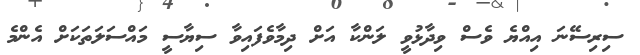
ސިރިސޭނަ އިއްޔެ ވެސް ވިދާޅުވީ ލަންކާ އަށް ދިމާވެފައިވާ ސިޔާސީ މައްސަލަތަކަށް އެންމެ